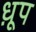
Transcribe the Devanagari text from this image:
ध़ूप